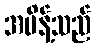
အမိန့်သည်